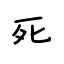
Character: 死